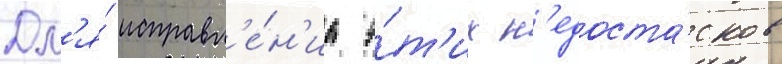
Дл'я́ исправл'е́н'иа э́т'их н'едоста́тков